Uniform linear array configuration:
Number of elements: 8
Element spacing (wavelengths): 0.75
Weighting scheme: binomial
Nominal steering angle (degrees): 60
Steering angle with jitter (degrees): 59.045
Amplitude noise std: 0.05
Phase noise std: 0.05

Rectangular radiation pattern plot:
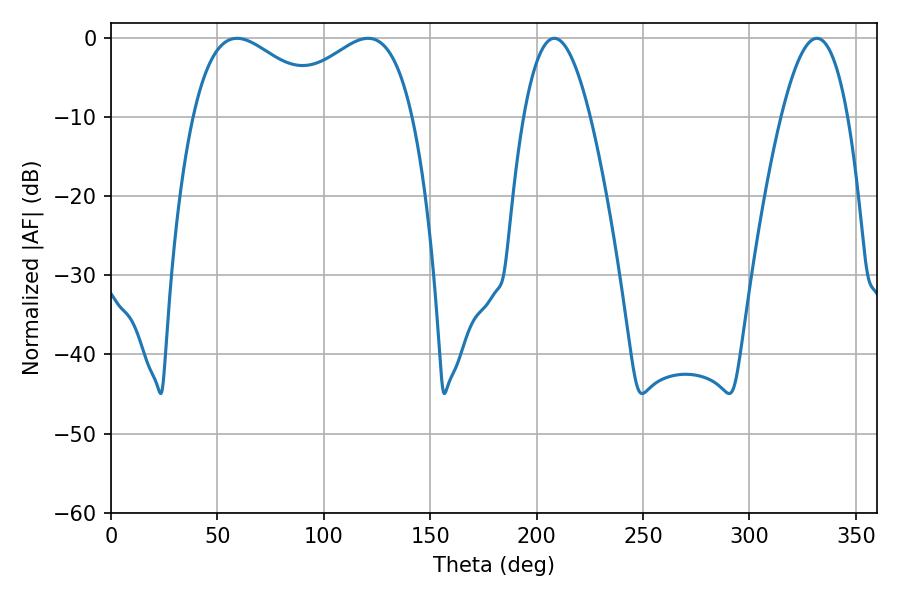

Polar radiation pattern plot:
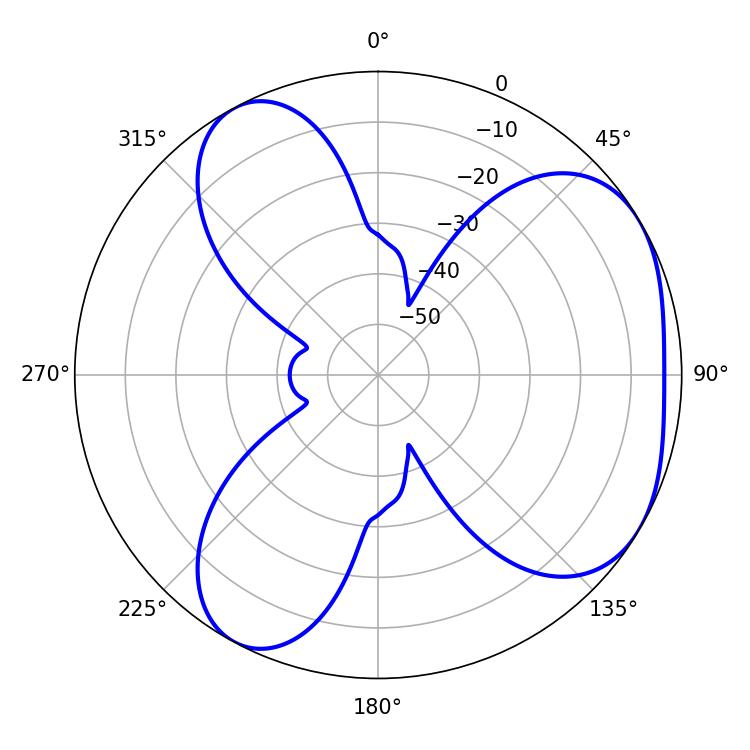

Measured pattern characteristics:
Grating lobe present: TRUE
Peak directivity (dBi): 4.365
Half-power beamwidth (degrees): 35.46
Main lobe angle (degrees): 59.22